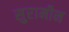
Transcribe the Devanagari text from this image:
सुरामीन